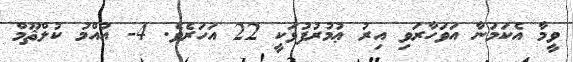
ވީމާ އެކަމަނާ އަވަހާރަވި އިރު ޢުމުރުފުޅަކީ 22 އަހަރެވެ. 4- އުއްމު ކުލްޘޫމް